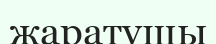
жаратушы